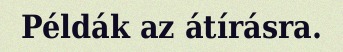
Példák az átírásra.